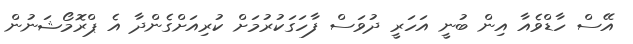
އޭސް ހާޑްވެއާ އިން ބުނީ އަހަރީ ދުވަސް ފާހަގަކުރުމަށް ކުރިއަށްގެންދާ އެ ޕްރޮމޯޝަނުން